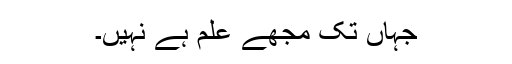
جہاں تک مجھے علم ہے نہیں۔